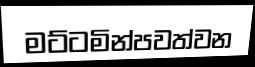
මට්ටමින්පවත්වන